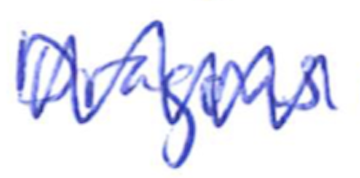
Text: Dragons
Cross-out: mix
Writing tool: ballpoint